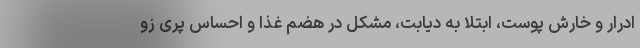
ادرار و خارش پوست، ابتلا به دیابت، مشکل در هضم غذا و احساس پری زو